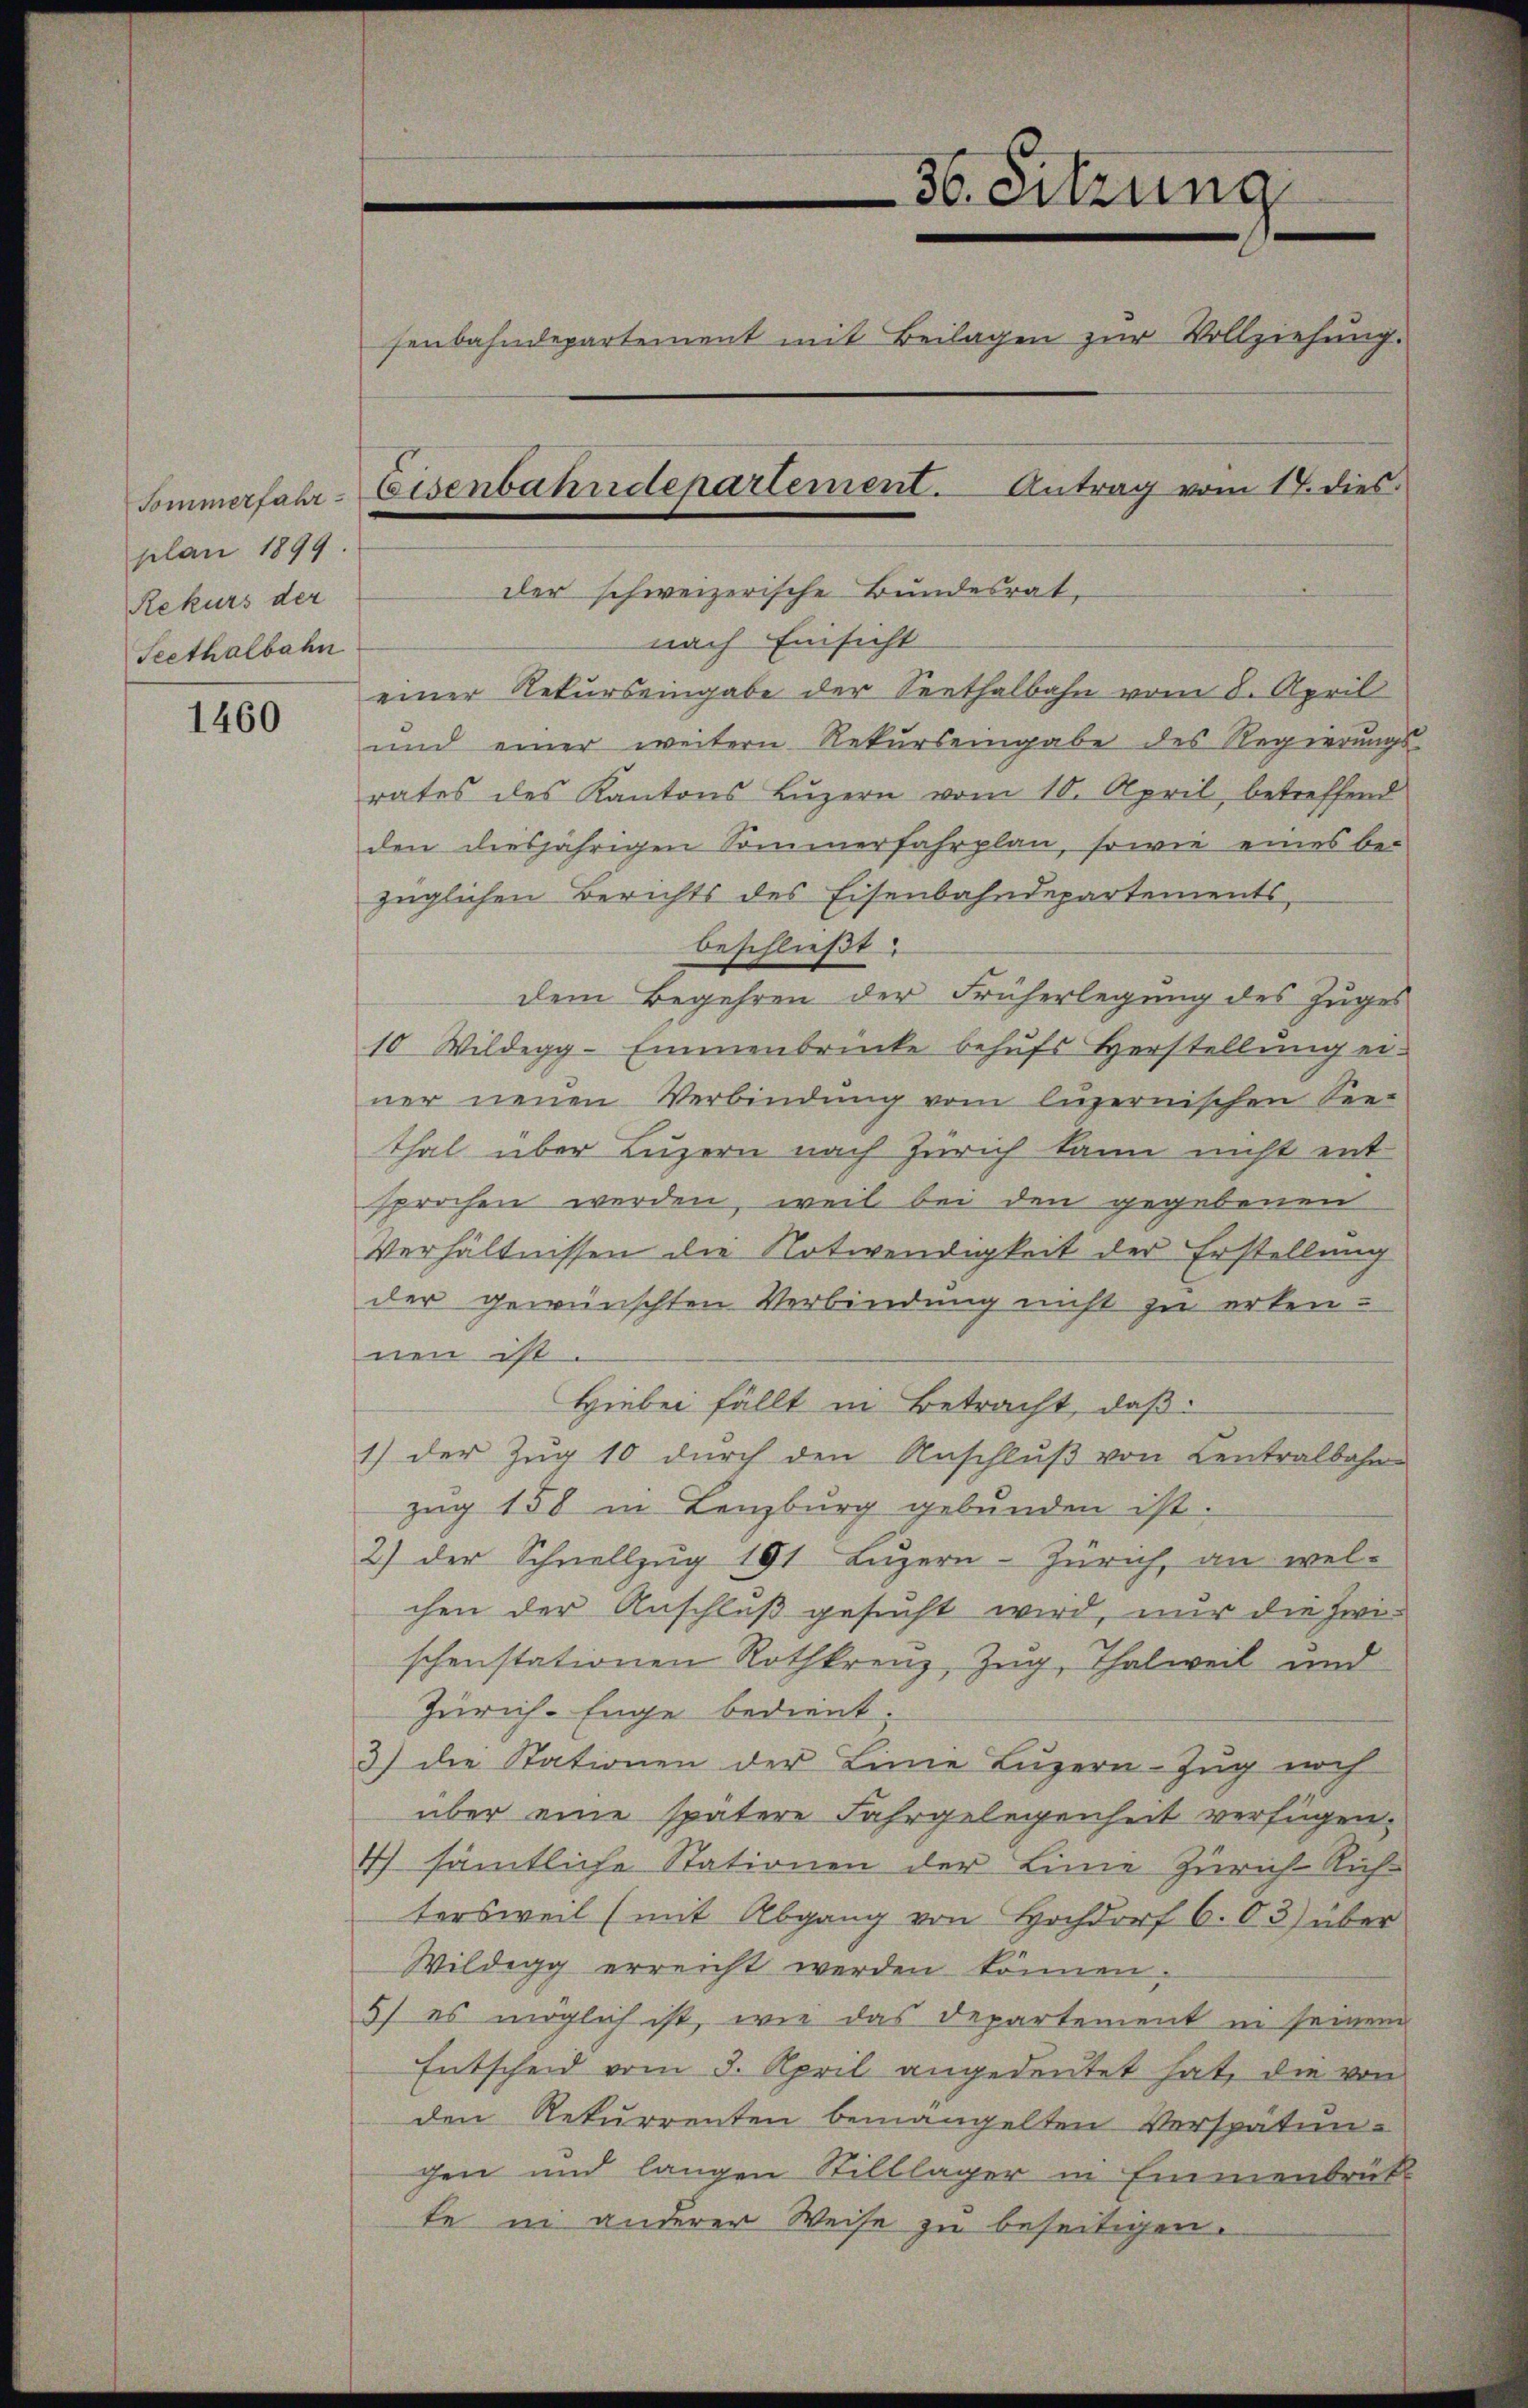
Sommerfahrplan 1899
Rekurs der
Seethalbahn

1460

36. Sitzung
senbahndepartement mit Beilagen zur Vollziehung.
Eisenbahndepartement. Antrag vom 17. dies
der schweizerische Bundesrat,

nach Einsicht
einer Rekurseingabe der Seethalbahn vom 8. April
und einer weitern Rekŭrseingabe des Regierŭngs-
rates des Kantons Luzern vom 10. April, betreffend
den diesjährigen Sommerfahrplan, sowie eines bezüglichen Berichts des Eisenbahndepartements,
beschließt:
dem Begehren der Früherlegung des Zuges
10 Wildegg-Emmenbrücke behufs Herstellung ei-
ner neuen Verbindung vom luzernischen See-
thal über Luzern nach Zürich kann nicht ent
sprochen werden, weil bei den gegebenen
Verhältnissen die Notwendigkeit der Erstellung
der gewünschten Verbindung nicht zu erkennen ist.
Hiebei fällt in Betracht, daß
1) der Zug 10 durch den Anschluß von Centralbahn-
zug 158 in Lenzburg gebunden ist.
2) der Schnellzŭg 191 Lŭzern-Zürich, an wel-
chen der Anschluß gesucht wird, nur die zwischenstationen Rothkreuz, Zug, Thalweil und
Zürich-Enge bedient.
3) die Stationen der Linie Luzern-Zug noch
über eine spätere Fahrgelegenheit verfügen.
4) sämtliche Stationen der Linie Zürich-Richtersweil (mit Abgang von Hochdorf 6.03) über
Wildegg erreicht werden können
5/ es möglich ist, wie das Departement in seinem
Entscheid vom 3. April angedeutet hat, die von
den Rekurrenten bemängelten Verspätun-
chen und langen Stilllager in Emmenbruk
te in anderer Weise zu beseitigen.